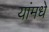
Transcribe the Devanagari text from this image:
यांमधे